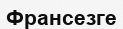
Франсезге